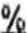
%